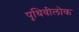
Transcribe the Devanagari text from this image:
पृथिवीलोक